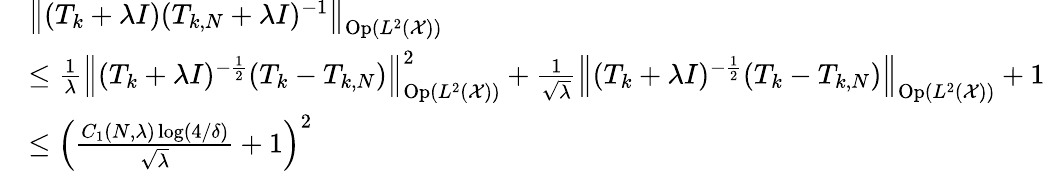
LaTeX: \begin{array}{rl}&{\left\lVert(T_{k}+\lambda I)(T_{k,N}+\lambda I)^{-1}\right\rVert_{\mathrm{Op}(L^{2}(\mathcal{X}))}}\\ &{\le\frac{1}{\lambda}\left\lVert(T_{k}+\lambda I)^{-\frac 12}(T_{k}-T_{k,N})\right\rVert_{\mathrm{Op}(L^{2}(\mathcal{X}))}^{2}+\frac{1}{\sqrt{\lambda}}\left\lVert(T_{k}+\lambda I)^{-\frac 12}(T_{k}-T_{k,N})\right\rVert_{\mathrm{Op}(L^{2}(\mathcal{X}))}+1}\\ &{\le\left(\frac{C_{1}(N,\lambda)\log(4/\delta)}{\sqrt{\lambda}}+1\right)^{2}}\end{array}